Karu_vallavalitsus_Parnumaal, lk 5
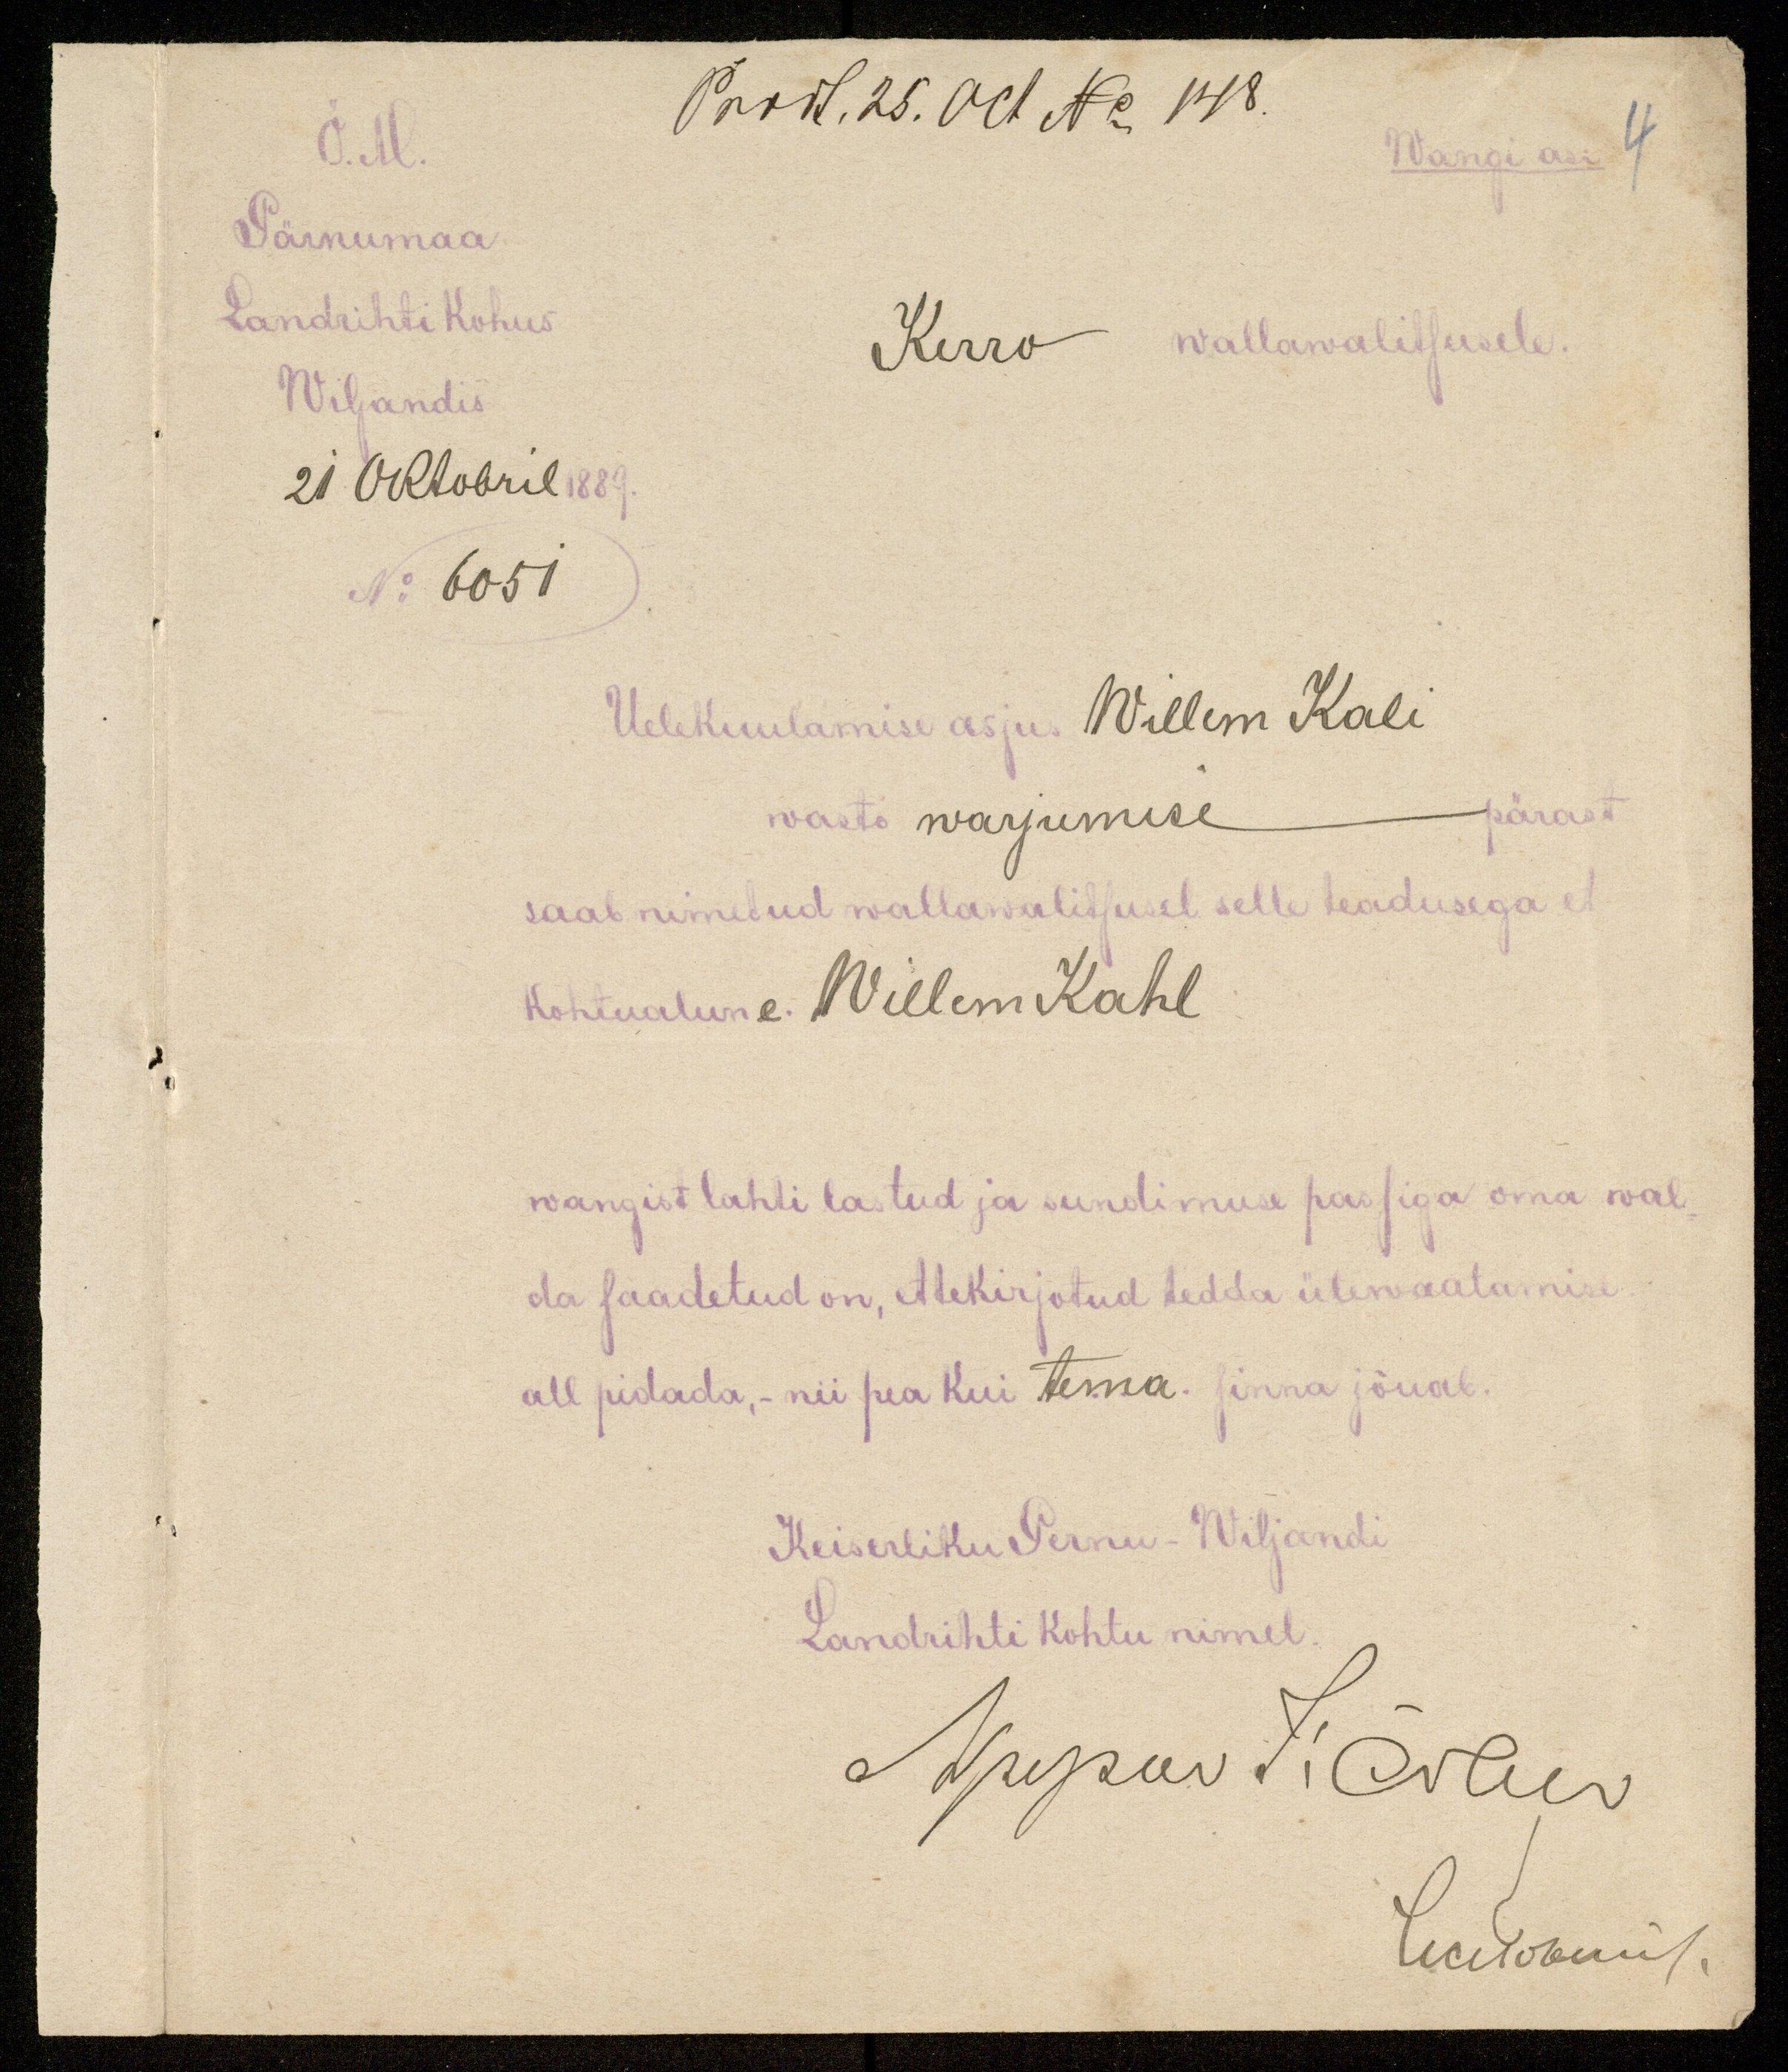
Ö. M.
Prodt. 25. Oct No 148.
Pärnumaa
Landrihti Kohus
Viljandis
21 Oktobril 1889.
No 6051

Wangi asi
4

Kerro wallawalitsusele.

Uelekuulamise asjus Willem Kali
wasto warjumise pärast
saab nimetud wallawalitsusel selle teadusega et
Kohtualune  Willem Kahl
wangist lahti lastud ja sundimuse passiga oma wal
da saadetud on, ettekirjotud tedda ülewaatamise
all pidada, - nii pea kui tema sinna jõuab.
Keiserliku Pernu-Wiljandi
Landrihti kohtu nimel